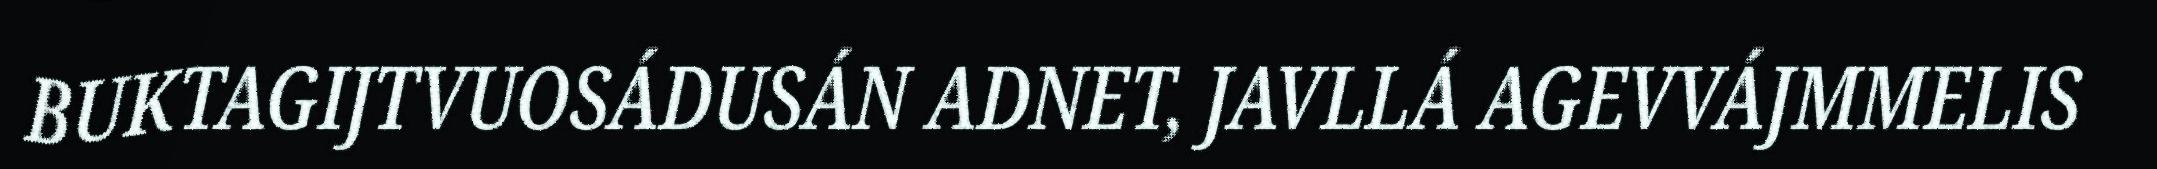
BUKTAGIJTVUOSÁDUSÁN ADNET, JAVLLÁ AGEVVÁJMMELIS